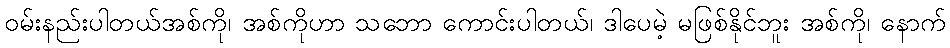
ဝမ်းနည်းပါတယ်အစ်ကို၊ အစ်ကိုဟာ သဘော ကောင်းပါတယ်၊ ဒါပေမဲ့ မဖြစ်နိုင်ဘူး အစ်ကို၊ နောက်